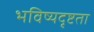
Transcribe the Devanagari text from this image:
भविष्यदृष्टता